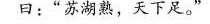
曰：”苏湖熟，天下足。”